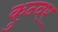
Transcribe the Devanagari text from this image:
कुन्वर